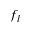
f _ { l }